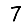
Digit: 7